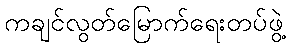
ကချင်လွတ်မြောက်ရေးတပ်ဖွဲ့